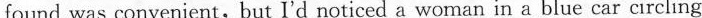
found was convenient,but I'd noticed a woman in a blue car circling